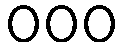
000